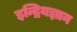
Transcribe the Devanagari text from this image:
इन्द्रियज्ञान